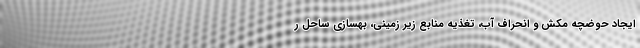
ایجاد حوضچه مکش و انحراف آب، تغذیه منابع زیر زمینی، بهسازی ساحل ر